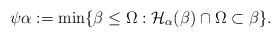
LaTeX: \begin{align*}\psi\alpha:=\min\{\beta\leq\Omega: \mathcal{H}_{\alpha}(\beta)\cap\Omega\subset\beta\}.\end{align*}